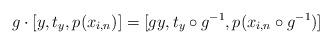
LaTeX: \begin{align*}g \cdot [y,t_y,p(x_{i,n})] = [gy, t_y \circ g^{-1}, p(x_{i,n} \circ g^{-1})] \end{align*}